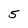
Character: 5